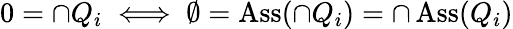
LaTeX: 0=\cap Q_{i}\iff\emptyset=\operatorname{Ass}(\cap Q_{i})=\cap\operatorname{Ass}(Q_{i})